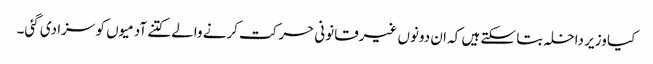
کیا وزیر داخلہ بتا سکتے ہیں کہ ان دونوں غیرقانونی حرکت کرنے والے کتنے آدمیوں کو سزا دی گئی۔